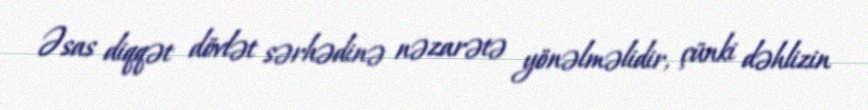
Əsas diqqət dövlət sərhədinə nəzarətə yönəlməlidir, çünki dəhlizin